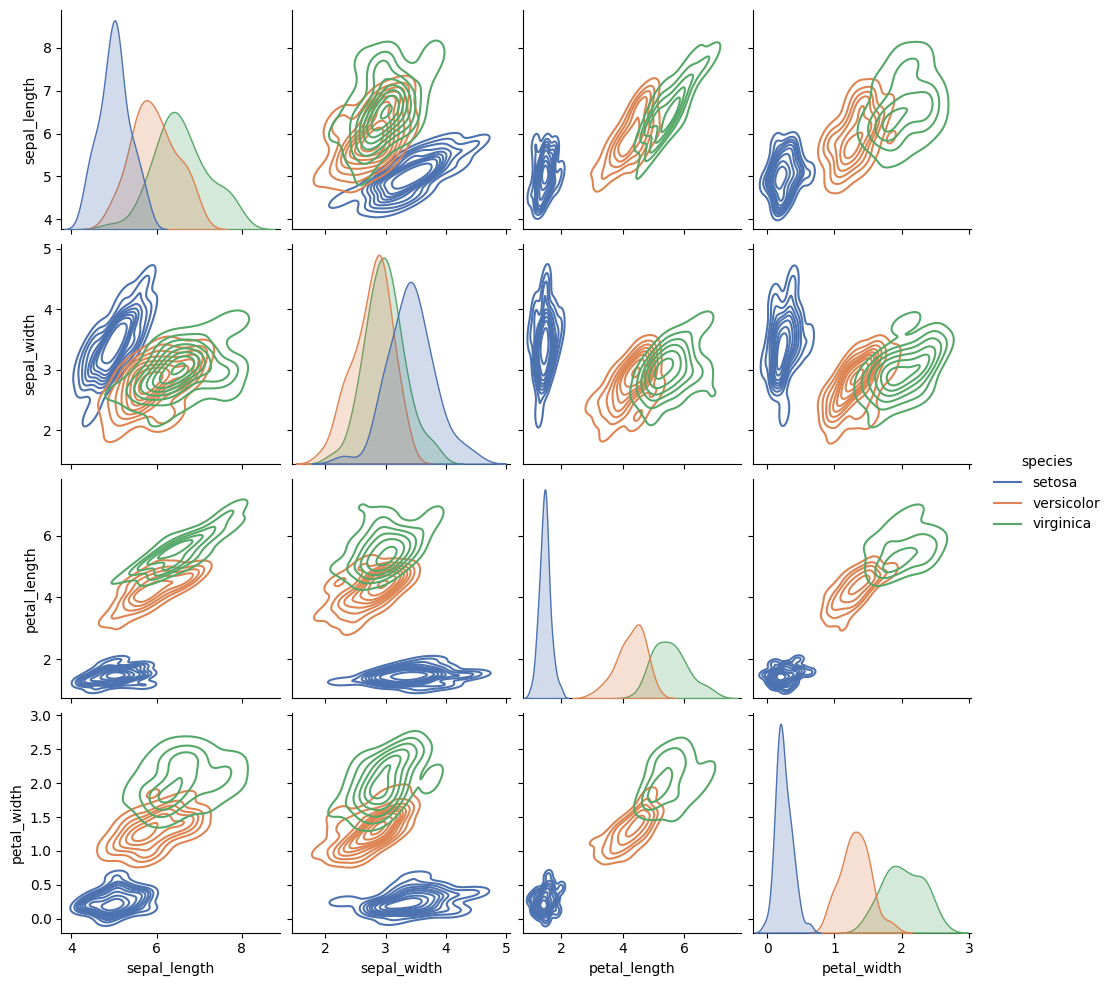
python, seaborn, pairplot, palette='deep', markers=['o'], kind='kde', diag_kind='kde'